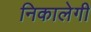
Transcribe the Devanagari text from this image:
निकालेगी